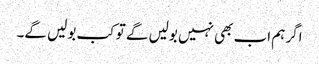
اگر ہم اب بھی نہیں بولیں گے تو کب بولیں گے۔